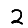
Digit: 2